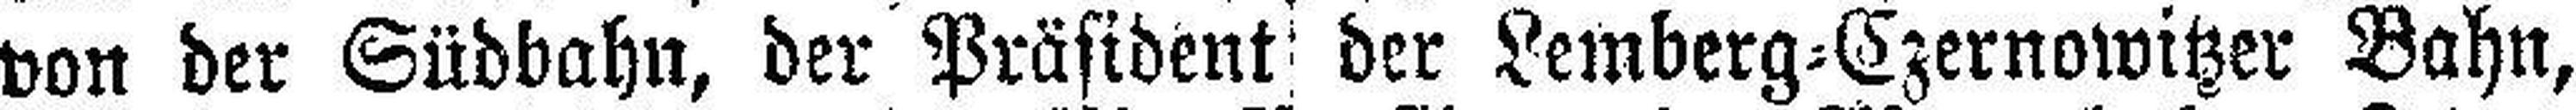
von der Südbahn, der Präsident der Lemberg=Czernowitzer Bahn,